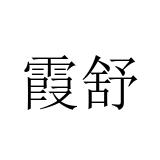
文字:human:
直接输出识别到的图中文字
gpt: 霞舒